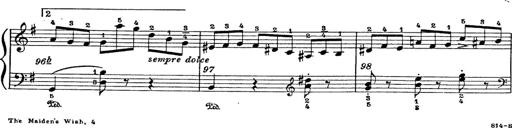
Title: 6 Polish Songs
Composer: Franz Liszt